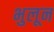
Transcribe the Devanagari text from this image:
भुलून